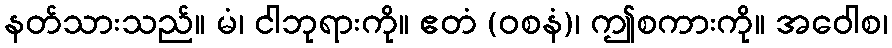
နတ်သားသည်။ မံ၊ ငါဘုရားကို။ ဧတံ (ဝစနံ)၊ ဤစကားကို။ အဝေါစ၊